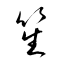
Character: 笙